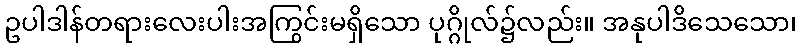
ဥပါဒါန်တရားလေးပါးအကြွင်းမရှိသော ပုဂ္ဂိုလ်၌လည်း။ အနုပါဒိသေသော၊